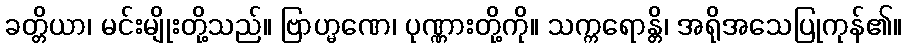
ခတ္တိယာ၊ မင်းမျိုးတို့သည်။ ဗြာဟ္မဏေ၊ ပုဏ္ဏားတို့ကို။ သက္ကရောန္တိ၊ အရိုအသေပြုကုန်၏။